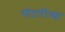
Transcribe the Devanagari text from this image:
मोटारीच्या